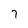
Character: 7